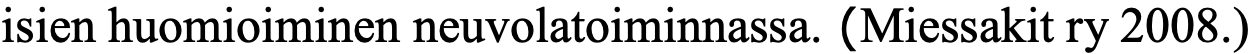
isien huomioiminen neuvolatoiminnassa. (Miessakit ry 2008.)